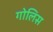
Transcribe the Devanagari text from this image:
गोलिस